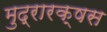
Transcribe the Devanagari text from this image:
मुद्रारक्षस